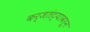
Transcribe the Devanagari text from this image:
कर्जतंट्यावरून